Annual report of the Punjab Veterinary College and of the Civil Veterinary Department, Punjab - 1909-1919
Year: 1909
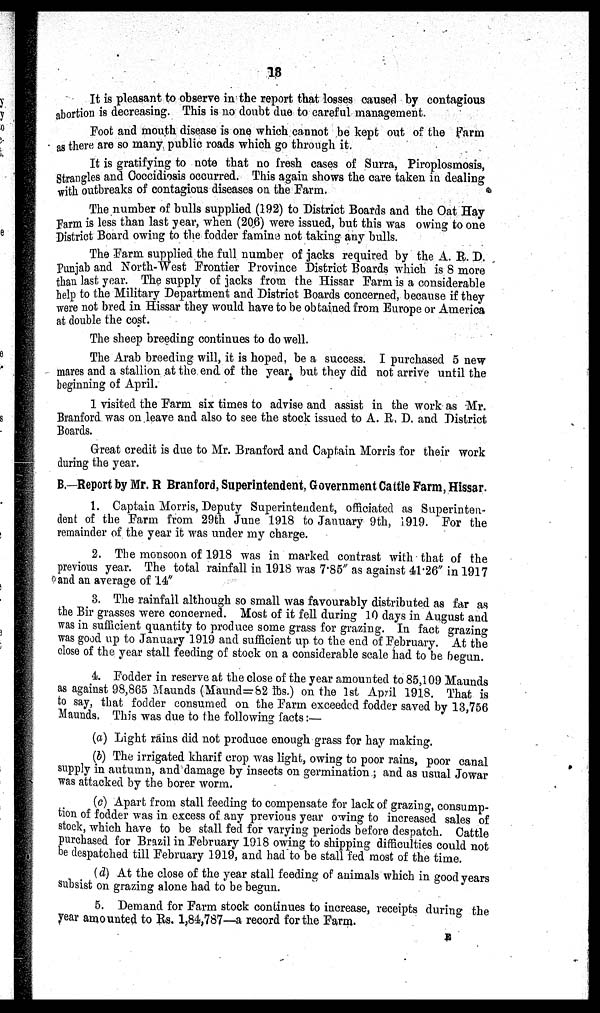
13
It is pleasant to observe in the report that losses caused by contagious
abortion is decreasing. This is no doubt due to careful management.
Foot and mouth disease is one which cannot be kept out of the Farm
as there are so many public roads which go through it.
It is gratifying to note that no fresh cases of Surra, Piroplosmosis,
Strangles and Coccidiosis occurred. This again shows the care taken in dealing
with outbreaks of contagious diseases on the Farm.
The number of bulls supplied (192) to District Boards and the Oat Hay
Farm is less than last year, when (206) were issued, but this was owing to one
District Board owing to the fodder famine not taking any bulls.
The Farm supplied the full number of jacks required by the A. R. D.
Punjab and North-West Frontier Province District Boards which is 8 more
than last year. The supply of jacks from the Hissar Farm is a considerable
help to the Military Department and District Boards concerned, because if they
were not bred in Hissar they would have to be obtained from Europe or America
at double the cost.
The sheep breeding continues to do well.
The Arab breeding will, it is hoped, be a success. I purchased 5 new
mares and a stallion at the end of the year, but they did not arrive until the
beginning of April.
1 visited the Farm six times to advise and assist in the work as Mr.
Branford was on leave and also to see the stock issued to A. R. D. and District
Boards.
Great credit is due to Mr. Branford and Captain Morris for their work
during the year.
B.—Report by Mr. R Branford, Superintendent, Government Cattle Farm, Hissar.
1.Captain Morris, Deputy Superintendent, officiated as Superinten-
dent of the Farm from 29th June 1918 to January 9th, 1919. For the
remainder of the year it was under my charge.
2.The monsoon of 1918 was in marked contrast with that of the
previous year. The total rainfall in 1918 was 7.85" as against 41.26'' in 1917
and an average of 14"
3.The rainfall although so small was favourably distributed as far as
the Bir grasses were concerned. Most of it fell during 10 days in August and
was in sufficient quantity to produce some grass for grazing. In fact grazing
was good up to January 1919 and sufficient up to the end of February. At the
close of the year stall feeding of stock on a considerable scale had to be begun.
4. Fodder in reserve at the close of the year amounted to 85,109 Maunds
as against 98,865 Maunds (Maund=82 lbs.) on the 1st April 1918. That is
to say, that fodder consumed on the Farm exceeded fodder saved by 13,756
Maunds. This was due to the following facts:—
(a) Light rains did not produce enough grass for hay making.
(b) The irrigated kharif crop was light, owing to poor rains, poor canal
supply in autumn, and damage by insects on germination ; and as usual Jowar
was attacked by the borer worm.
(c) Apart from stall feeding to compensate for lack of grazing, consump-
tion of fodder was in excess of any previous year owing to increased sales of
stock, which have to be stall fed for varying periods before despatch. Cattle
purchased for Brazil in February 1918 owing to shipping difficulties could not
be despatched till February 1919, and had to be stall fed most of the time.
(d) At the close of the year stall feeding of animals which in good years
subsist on grazing alone had to be begun.
5. Demand for Farm stock continues to increase, receipts during the
year amounted to Rs. 1,84,787—a record for the Farm.
E